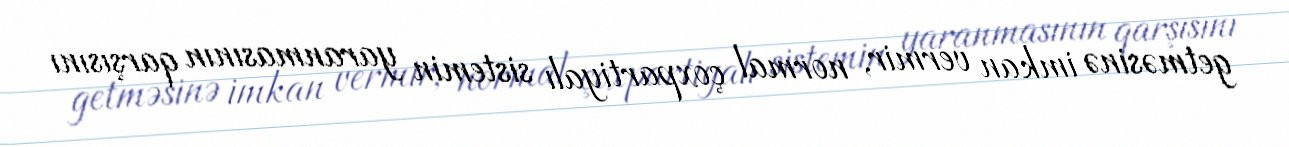
getməsinə imkan vermir, normal çoxpartiyalı sistemin yaranmasının qarşısını